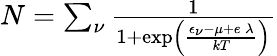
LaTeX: \begin{array}{r}{N=\sum_{\nu}\frac{1}{1+\exp\left(\frac{\epsilon_{\nu}-\mu+e\, \lambda}{kT}\right)}}\end{array}